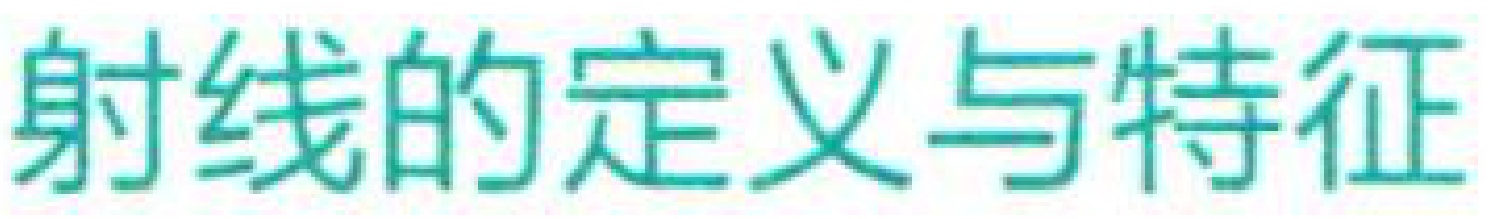
射线的定义与特征